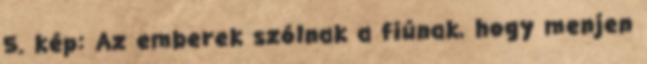
5. kép: Az emberek szólnak a fiúnak, hogy menjen